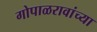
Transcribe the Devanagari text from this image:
गोपाळरावांच्या